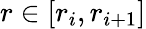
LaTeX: r\in[r_{i},r_{i+1}]